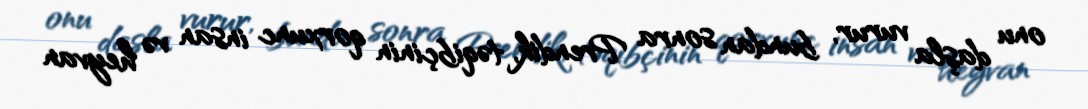
onu daşla vurur, bundan sonra Prendik, təqibçinin qorxunc insan və heyvan